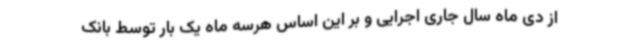
از دی ماه سال جاری اجرایی و بر این اساس هرسه ماه یک بار توسط بانک